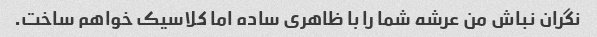
نگران نباش من عرشه شما را با ظاهری ساده اما کلاسیک خواهم ساخت.